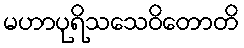
မဟာပုရိသသေဝိတောတိ